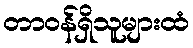
တာဝန်ရှိသူများထံ